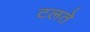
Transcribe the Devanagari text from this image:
टलते